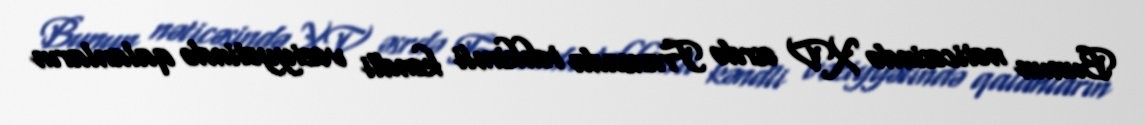
Bunun nəticəsində XV əsrdə Fransada təhkimli kəndli vəziyyətində qalanların